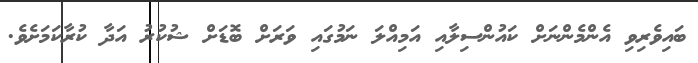
ބައިވެރިވި އެންމެންނަށް ކައުންސިލާއި އަމިއްލަ ނަމުގައި ވަރަށް ބޮޑަށް ޝުކުރު އަދާ ކުރާކަމަށެވެ.